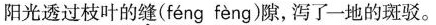
阳光透过枝叶的缝( féng fèng )隙，泻了一地的斑驳。